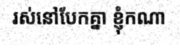
រស់នៅបែកគ្នា ខ្ញុំកណា